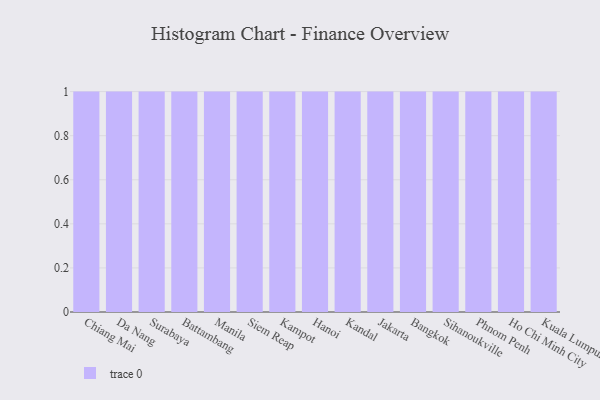
{"axis": {"x": "City", "y": "Inventory Turnover"}, "legend": [""], "data": [{"x": "Chiang Mai", "y": 73, "type": ""}, {"x": "Da Nang", "y": 91, "type": ""}, {"x": "Surabaya", "y": 68, "type": ""}, {"x": "Battambang", "y": 28, "type": ""}, {"x": "Manila", "y": 95, "type": ""}, {"x": "Siem Reap", "y": 46, "type": ""}, {"x": "Kampot", "y": 40, "type": ""}, {"x": "Hanoi", "y": 36, "type": ""}, {"x": "Kandal", "y": 82, "type": ""}, {"x": "Jakarta", "y": 2, "type": ""}, {"x": "Bangkok", "y": 17, "type": ""}, {"x": "Sihanoukville", "y": 26, "type": ""}, {"x": "Phnom Penh", "y": 79, "type": ""}, {"x": "Ho Chi Minh City", "y": 64, "type": ""}, {"x": "Kuala Lumpur", "y": 26, "type": ""}]}